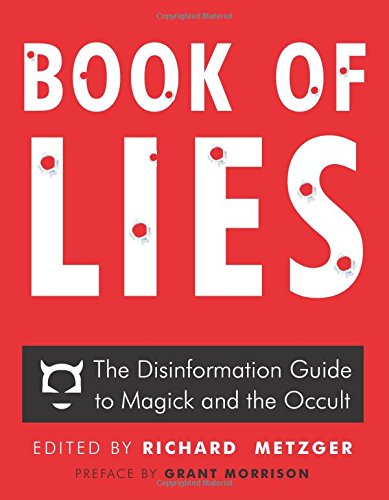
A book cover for Book of Lies: The Disinformation Guide to Magick and the Occult; Reference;